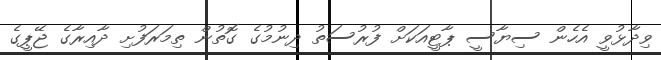
ވިދާޅުވީ އެހެން ސިޔާސީ ޕާޓީއަކަށް ފުރުސަތު ދިނުމުގެ ގޮތުން ތިމަރަފުށި ދާއިރާގެ ޖޭޕީގެ